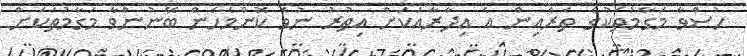
ހުސްވާ މަގާމުތަކުގެ ތެރެއިން އެ އިދާރާއަކަށް އިތުރު ނުވެ ކޮންމެހެން ބޭނުންވާ މަގާމުތަކަށް